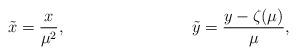
LaTeX: \begin{align*}\tilde{x} &= \frac{x}{\mu^2}, &\tilde{y} &= \frac{y - \zeta(\mu)}{\mu},\end{align*}